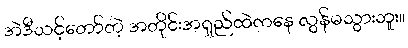
အဲဒီသင့်တော်တဲ့ အတိုင်းအရှည်ထဲကနေ လွန်မသွားဘူး။